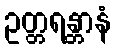
ဥတ္တရန္တာနံ